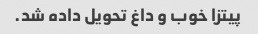
پیتزا خوب و داغ تحویل داده شد.